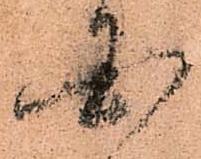
国